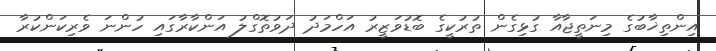
އިންތިޚާބުގެ މިނަތީޖާއާ ގުޅިގެން ތުރުކީގެ ބޮޑުވަޒީރު އަހްމަދު ދަވުތޮގްލު އަންކާރާގައި ހުންނަ ވެރިކަންކުރާ